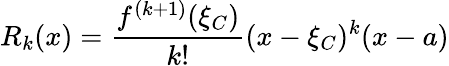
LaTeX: R_{k}(x)={\frac{f^{(k+1)}(\xi_{C})}{k!}}(x-\xi_{C})^{k}(x-a)